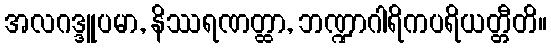
အလဂဒ္ဒူပမာ, နိဿရဏတ္ထာ, ဘဏ္ဍာဂါရိကပရိယတ္တီတိ။